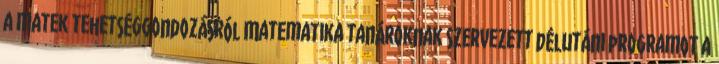
a matek tehetséggondozásról Matematika tanároknak szervezett délutáni programot a